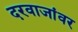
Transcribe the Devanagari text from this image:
दरवाजांवर